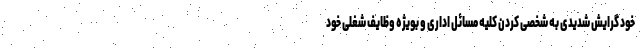
خود گرایش شدیدی به شخصی کردن کلیه مسائل اداری و بویژه وظایف شغلی خود